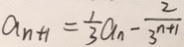
a _ { n + 1 } = \frac { 1 } { 3 } a _ { n } - \frac { 2 } { 3 ^ { n + 1 } }